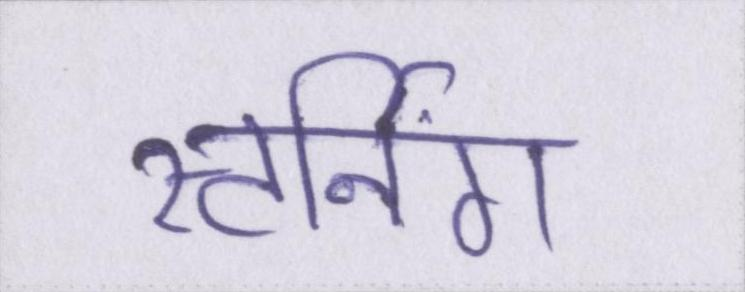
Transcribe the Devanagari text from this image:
स्टर्निंग